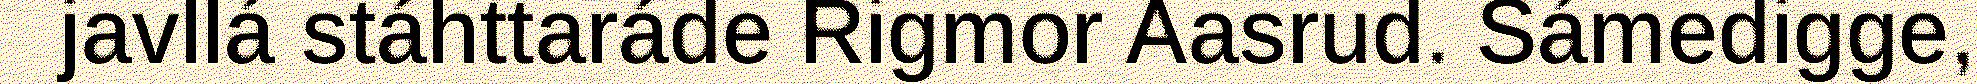
javllá stáhttaráde Rigmor Aasrud. Sámedigge,